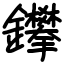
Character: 鑻